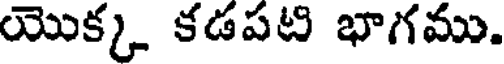
యొక్క కడపటి భాగము.